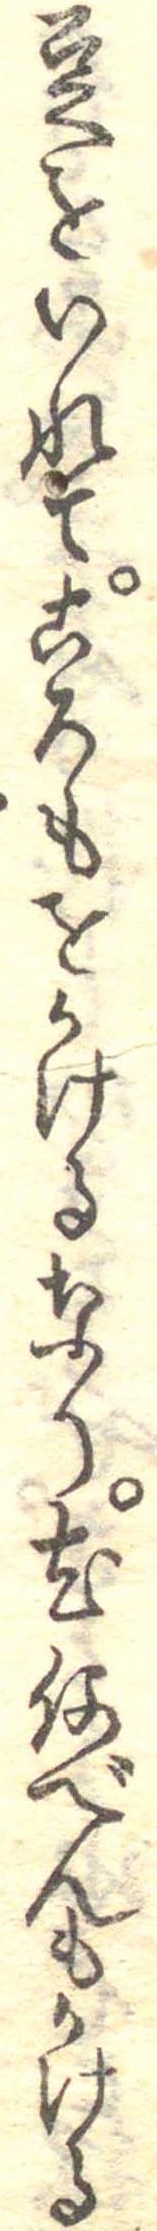
豆をいれてころもをかけるなり尤何べんもかける